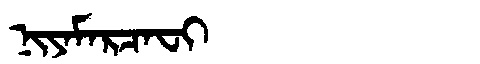
Manchu: ᠨᡳᠶᠠᠮᠠᡵᠴᠠᠸᡳ
Romanization: NIYAMARCAFI